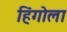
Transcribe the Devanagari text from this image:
हिंगोला